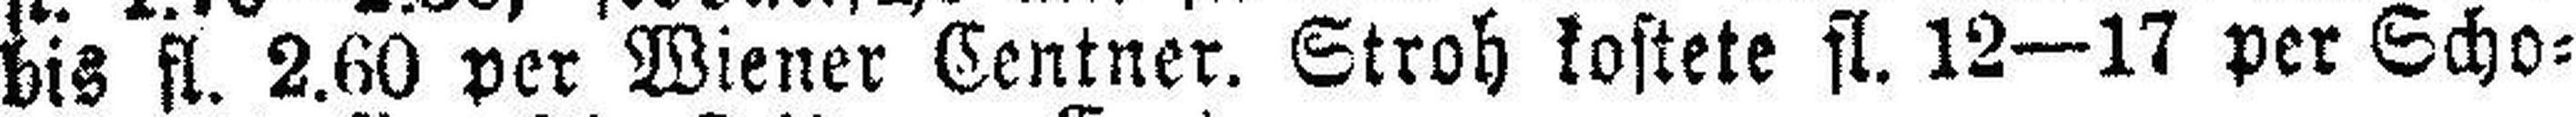
bis fl. 2.60 per Wiener Centner. Stroh kostete fl. 12—17 per Scho¬